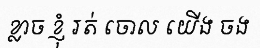
ខ្លាច ខ្ញុំ រត់ ចោល យើង ចង